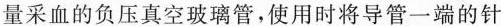
量采血的负压真空玻璃管，使用时将导管一端的针